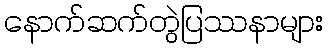
နောက်ဆက်တွဲပြဿနာများ